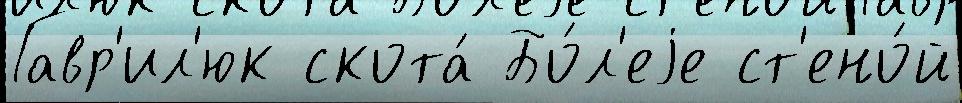
Гавр'ил'юк скота́ Бо́л'еjе ст'ено́й